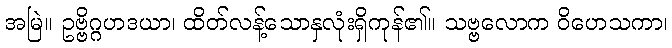
အမြဲ။ ဥဗ္ဗိဂ္ဂဟဒယာ၊ ထိတ်လန့်သောနှလုံးရှိကုန်၏။ သဗ္ဗလောက ဝိဟေသကာ၊